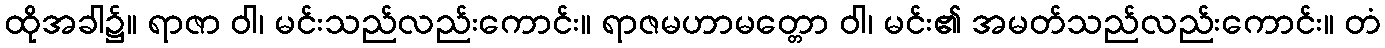
ထိုအခါ၌။ ရာဇာ ဝါ၊ မင်းသည်လည်းကောင်း။ ရာဇမဟာမတ္တော ဝါ၊ မင်း၏ အမတ်သည်လည်းကောင်း။ တံ